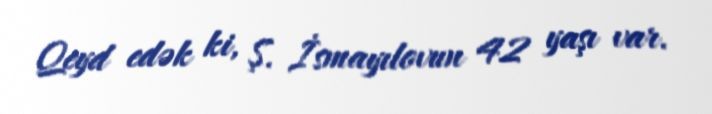
Qeyd edək ki, Ş. İsmayılovun 42 yaşı var.